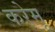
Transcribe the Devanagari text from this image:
करेमू